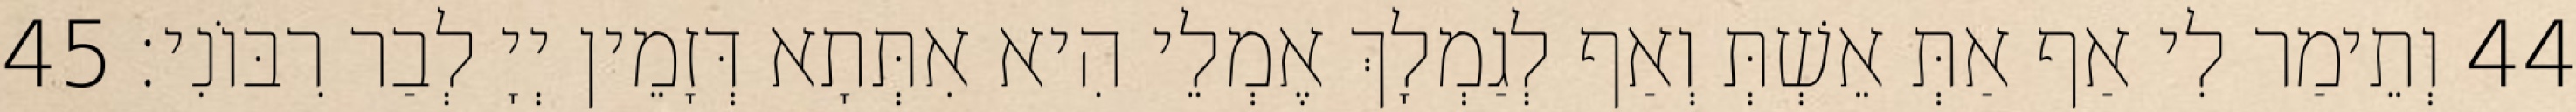
44 וְתֵימַר לִי אַף אַתְּ אֵשְׁתְּ וְאַף לְגַמְלָךְ אֶמְלֵי הִיא אִתְּתָא דְּזָמֵין יְיָ לְבַר רִבּוֹנִי׃ 45